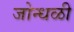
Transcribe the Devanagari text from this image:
जोन्धळी